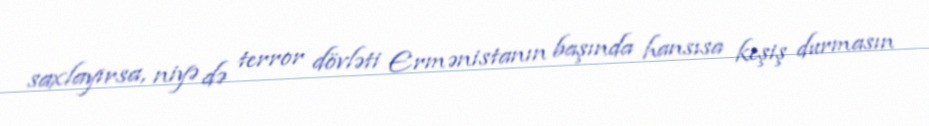
saxlayırsa, niyə də terror dövləti Ermənistanın başında hansısa keşiş durmasın